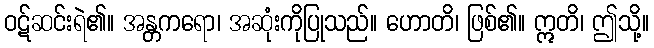
ဝဋ်ဆင်းရဲ၏။ အန္တကရော၊ အဆုံးကိုပြုသည်။ ဟောတိ၊ ဖြစ်၏။ ဣတိ၊ ဤသို့။